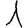
Digit: 1